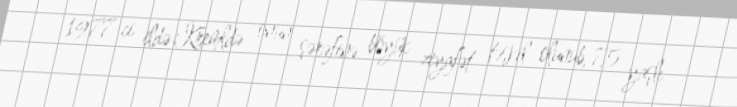
1977-ci ildə Kremldə onun şərəfinə böyük ziyafət təşkil olunub, 75 yaşlı